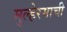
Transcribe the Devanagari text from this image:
मुल्हेरमाची